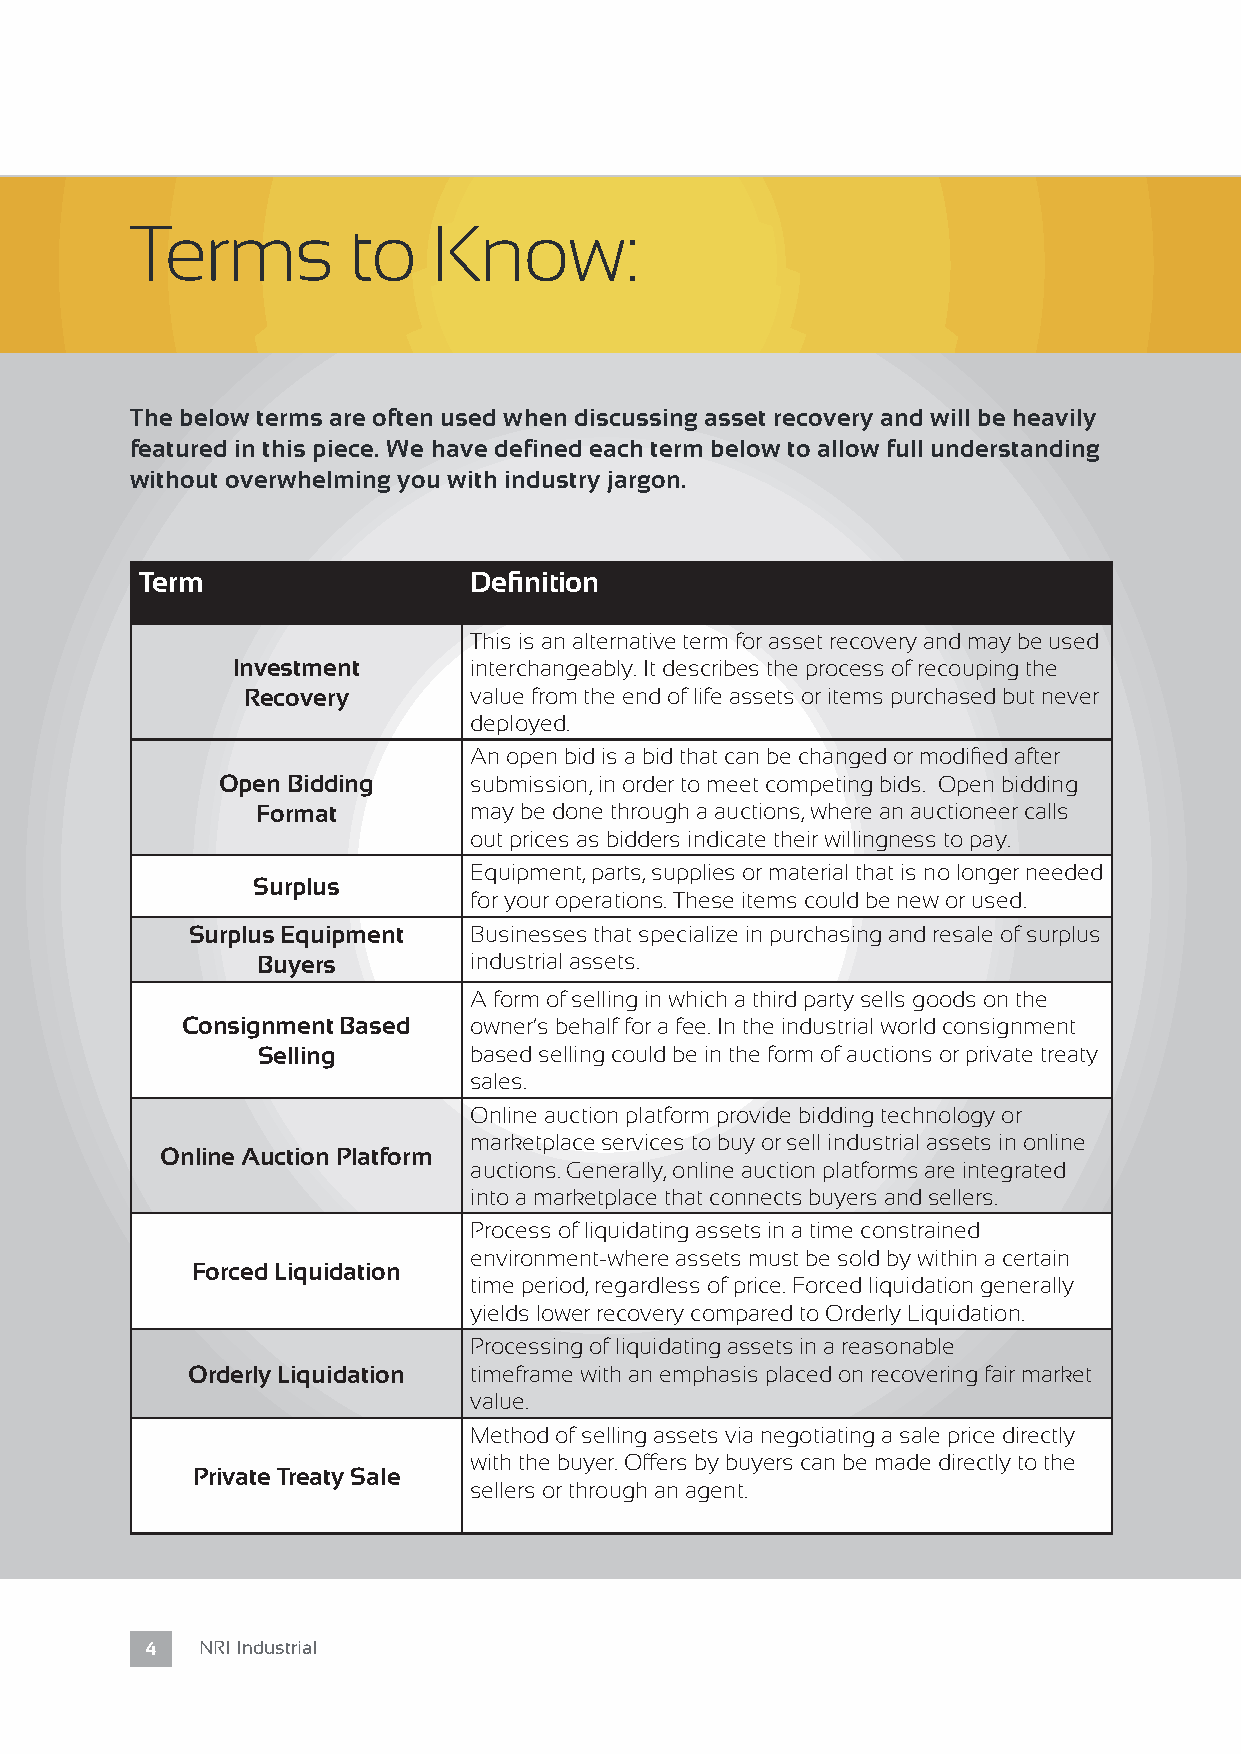
Terms         to    Know:
 The below terms are often used when discussing asset recovery and will be heavily
 featured in this piece. We have defined each term below to allow full understanding
 without overwhelming you with industry jargon.
 Term                  Definition
 This is an alternative term for asset recovery and may be used
 Investment      interchangeably. It describes the process of recouping the
 Recovery       value from the end of life assets or items purchased but never
 deployed.
 An open bid is a bid that can be changed or modified after
 Open Bidding     submission, in order to meet competing bids. Open bidding
 Format        may be done through a auctions, where an auctioneer calls
 out prices as bidders indicate their willingness to pay.
 Equipment, parts, supplies or material that is no longer needed
 Surplus
 for your operations. These items could be new or used.
 Surplus Equipment Businesses that specialize in purchasing and resale of surplus
 Buyers        industrial assets.
 A form of selling in which a third party sells goods on the
 Consignment Based  owner’s behalf for a fee. In the industrial world consignment
 Selling       based selling could be in the form of auctions or private treaty
 sales.
 Online auction platform provide bidding technology or
 marketplace services to buy or sell industrial assets in online
 Online Auction Platform
 auctions. Generally, online auction platforms are integrated
 into a marketplace that connects buyers and sellers.
 Process of liquidating assets in a time constrained
 environment-where assets must be sold by within a certain
 Forced Liquidation
 time period, regardless of price. Forced liquidation generally
 yields lower recovery compared to Orderly Liquidation.
 Processing of liquidating assets in a reasonable
 Orderly Liquidation timeframe with an emphasis placed on recovering fair market
 value.
 Method of selling assets via negotiating a sale price directly
 with the buyer. Offers by buyers can be made directly to the
 Private Treaty Sale
 sellers or through an agent.
 4  NRI Industrial